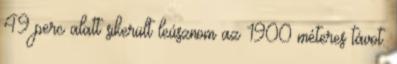
49 perc alatt sikerült leúsznom az 1900 méteres távot.